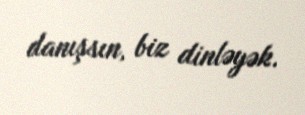
danışsın, biz dinləyək.